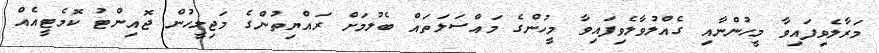
މަރާލެވިފައިވާ މީހުންނާއި ގެއްލުވާލެވިފައިވާ މީހުންގެ މައްސަލަތައް ބެލުމަށް ރައްޔިތުންގެ މަޖިލީހުން ޖޮއިންޓު ކޮމެޓީއެއް